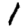
Digit: 1